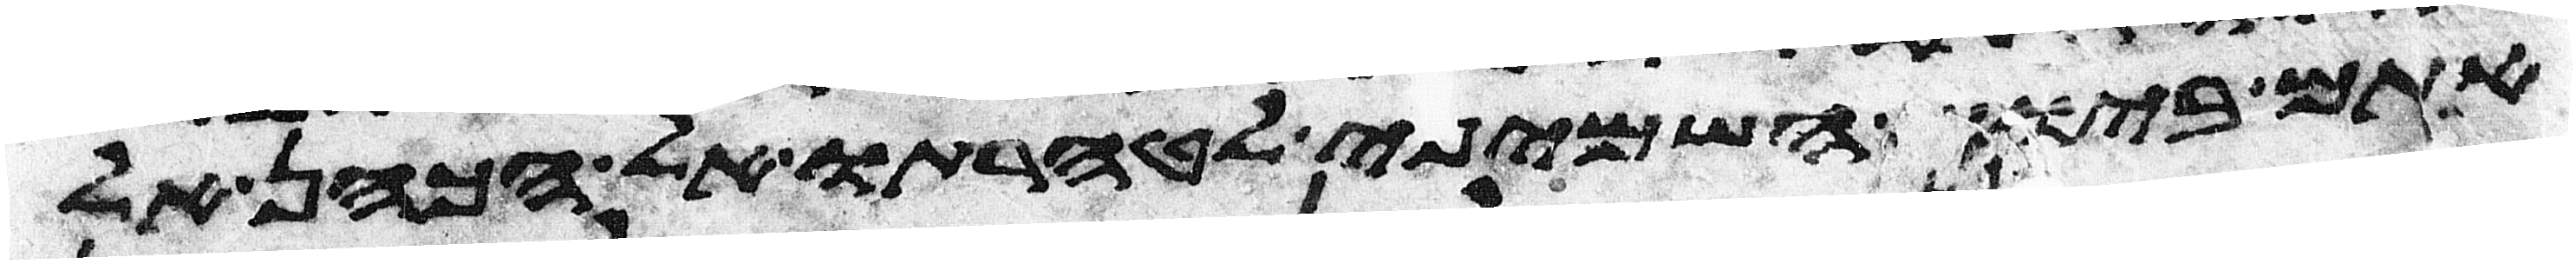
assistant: אתם ביום השמיני לטהרתו אל הכהן אל